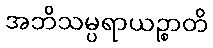
အဘိသမ္ပရာယဉ္စာတိ